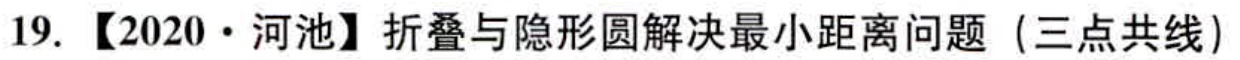
19. 【2020·河池】折叠与隐形圆解决最小距离问题（三点共线）